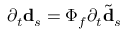
\partial _ { t } \mathbf { d } _ { s } = \Phi _ { f } \partial _ { t } \tilde { \mathbf { d } } _ { s }